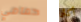
حمامي أكثر